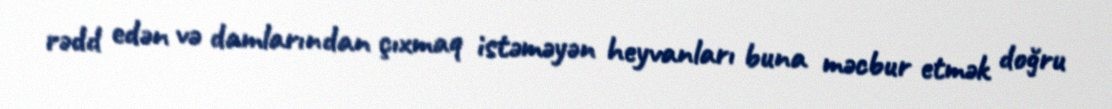
rədd edən və damlarından çıxmaq istəməyən heyvanları buna məcbur etmək doğru